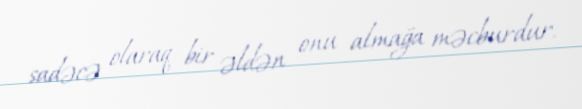
sadəcə olaraq bir əldən onu almağa məcburdur.